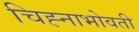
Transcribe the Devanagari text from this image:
चिह्नाभोवती